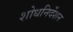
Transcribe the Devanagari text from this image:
शोधनिर्देशन